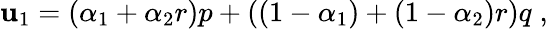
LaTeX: \mathbf{u}_{1}=(\alpha_{1}+\alpha_{2}r)p+\left((1-\alpha_{1})+(1-\alpha_{2})r\right)q\; ,